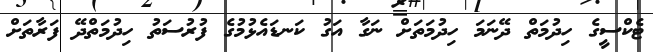
ޓެކްސީގެ ހިދުމަތް ދޭނަމަ ހިދުމަތަށް ނަގާ އަގު ކަނޑައެޅުމުގެ ފުރުސަތު ހިދުމަތްދޭ ފަރާތަށް